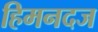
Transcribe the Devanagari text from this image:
हिमनदज